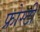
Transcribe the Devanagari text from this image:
फ्रोस्टी